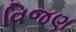
વિજણ